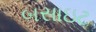
બસાઇટ